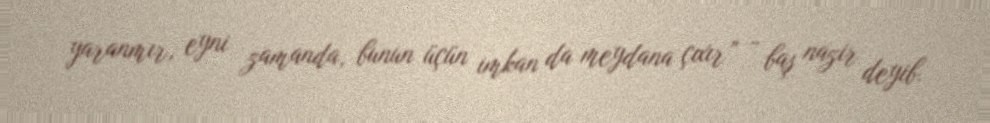
yaranmır, eyni zamanda, bunun üçün imkan da meydana çıxır” - baş nazir deyib.